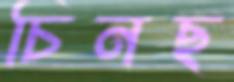
চিনছ